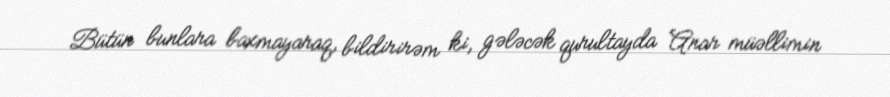
Bütün bunlara baxmayaraq, bildirirəm ki, gələcək qurultayda Anar müəllimin